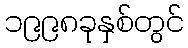
၁၉၉၈ခုနှစ်တွင်